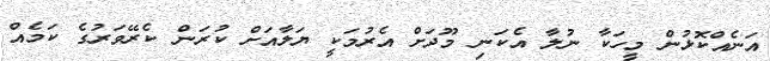
އަނެއްކޮޅުން މީހަކާ ނުލާ އެކަނި މޫދަށް އެރުމަކީ ޔަލާއަށް ކުރަން ކެރޭވަރުގެ ކަމެއް